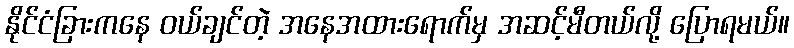
နိုင်ငံခြားကနေ ဝယ်ချင်တဲ့ အနေအထားရောက်မှ အဆင့်မီတယ်လို့ ပြောရမယ်။